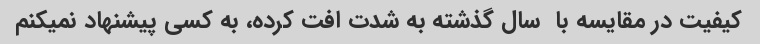
کیفیت در مقایسه با  سال گذشته به شدت افت کرده، به کسی پیشنهاد نمیکنم